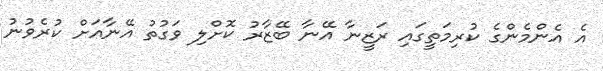
އެ އެންމެންގެ ކުރިމަތީގައި ރަޒީނާ އޭނާ ބޭޒާރު ކޮށްލި ވަގުތު އޭނާއަށް ކުރެވުނު